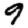
Digit: 9